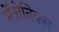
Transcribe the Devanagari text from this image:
मेंत्रोनिक्स